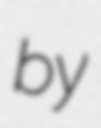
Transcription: by